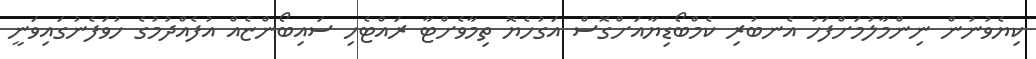
ކިޔެވުނުން ނިންމާލުމަށްފަހު އެނބުރި ކެމްބޯޑިޔާއަށްގޮސް އަގުހެޔޮ ތިމާވެށްޓާ ރައްޓެހި ސައިބޯންޏެއް އުފެއްދުމުގެ ހުވަފެނުގައިވަނީ